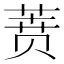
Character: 𰱟